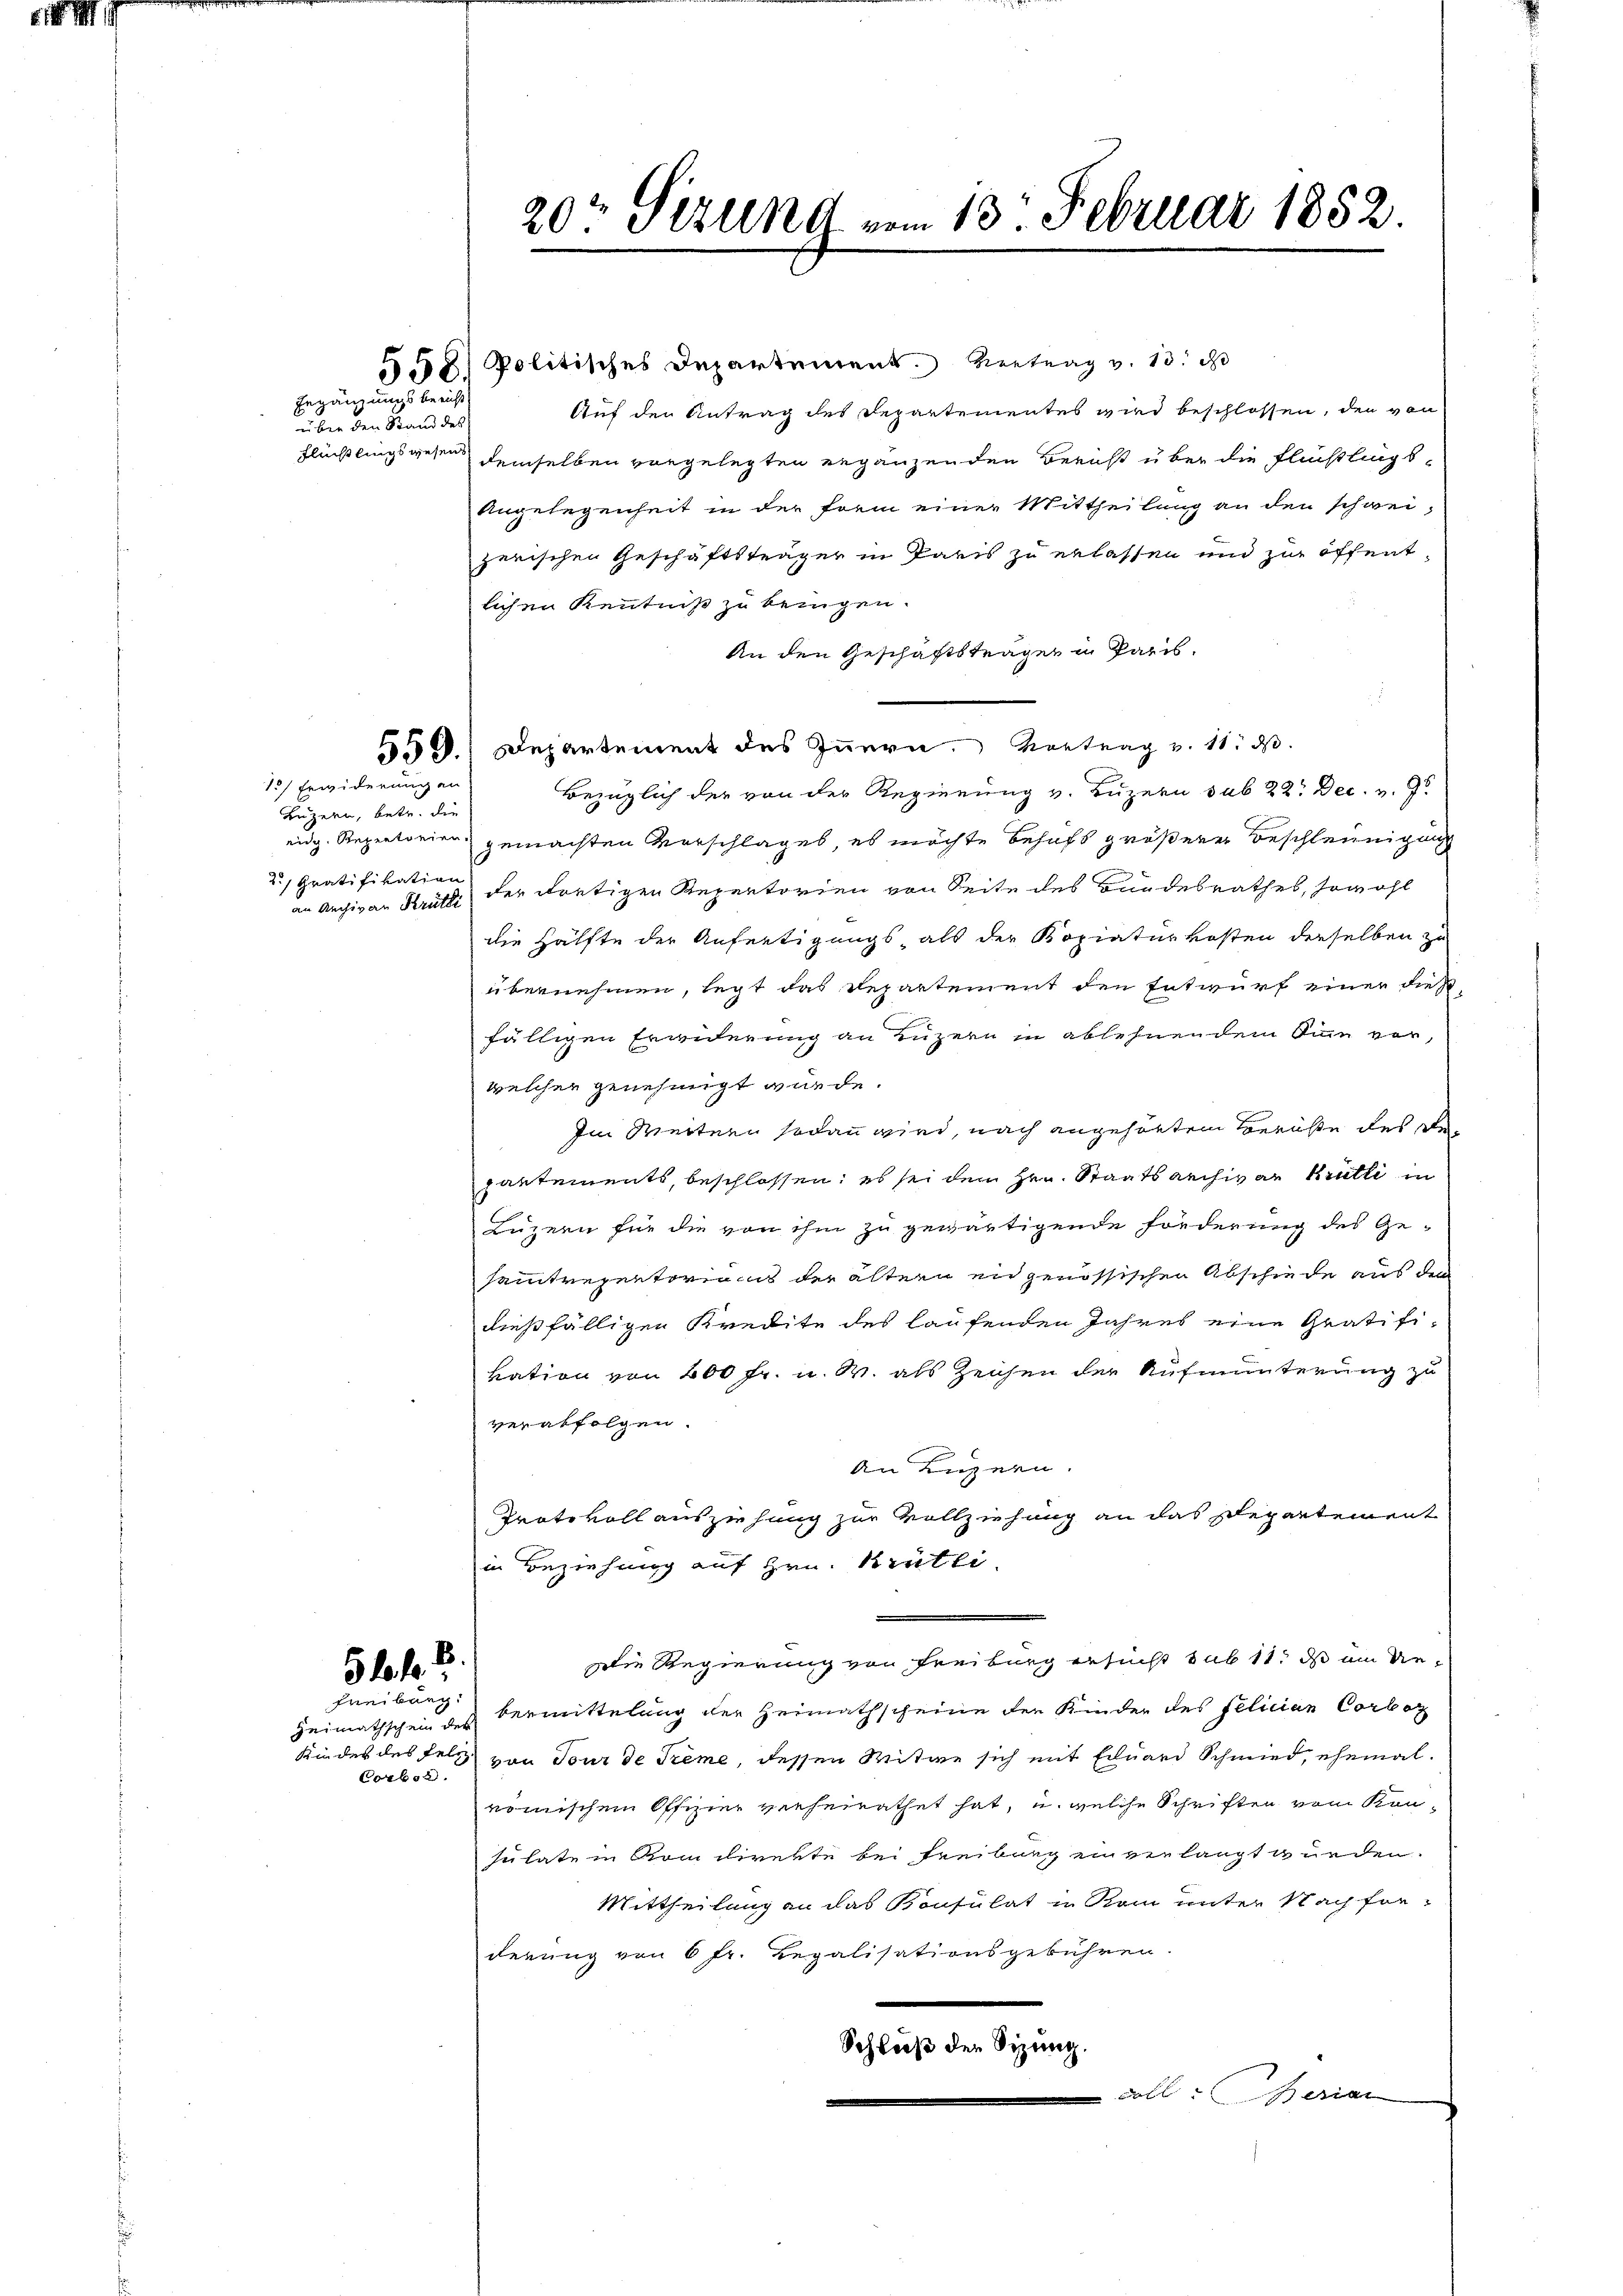
ei

Ergängungsbericht
über den Stand des

1) Erwiderungen

Luzern, betr. die
eidg. Repertonien.
2) Gratifikation

8 Politisches Departement. Vertrag v. 13. d
Auf den Antrag des Departementes wird beschlossen, den von
Flüchtlingsgesen demselben vorgelegten ergänzenden Bericht über die Flüchtlings¬
Angelegenheit in der Form einer Mittheilung an den schweizerischen Geschäftsträger in Paris zu erlassen und zur öffentlichen Kenntniß zu bezügen.
An den Geschäftsträgen in Paris,
559. Departement des Innern. Vortrag v. 11. ds.
Bezüglich der von der Regierung v. Luzern sub 22. Dec. v. 9
gemachten Vorschlages, es möchte Behufs größere Beschleunigung
an Archivar Krutti der dortigen Repertorien von Seite des Bundesrathes, sowohl
die Hälfte der Anfertigungs- als der Kopiaturkosten derselben zu
übernehmen, legt das Departement den Entwurf einer dieß-
fälligen Erwiderung an Luzern in ablehnendem Sinn vor,
welcher genehmigt würde.
Im Weitern sodann wird, nach angehörten Gerüste des Departements, beschlossen: es sei dem Hrn. Staatsarchivar Krütli in
Luzern für die von ihm zu gewärtigende Förderung des Gesammtrepertorias der ältern en genössischen Abschiede aus den
dießfälligen Kredite des laufenden Jahres eine Gratifikation von 200 Fr. u. W. als Zeichen der Aufmunterung zu
verabfolgen.
An Luzern.
Protokoll ausziehung zur Vollziehung an das Departement
in Beziehung auf Hrn. Brütli
Die Regierung von Freiburg ersucht sub 11. ds um die¬
51 f. 2.
Freiburg.
bermittelung der Heimathscheine der Kinder des felician Corboz
Heimathschein der
Kindes des Feld von Tour de Treme, dessen Witwe sich mit Eduard Schmied, ehemal
Corbor
römischen Offizier verheirathet hat, u. welche Schriften vom Kon-
sulate in von direkte bei Freibung ein verlangt wurden.
Mittheilung an das Konsulat in Rom unter Nach for-
derung von 6 fr. Regalisationsgebühren.
Schloß der Sitzung.
coll Besian

20t Sizung vom 13. Februar 1852